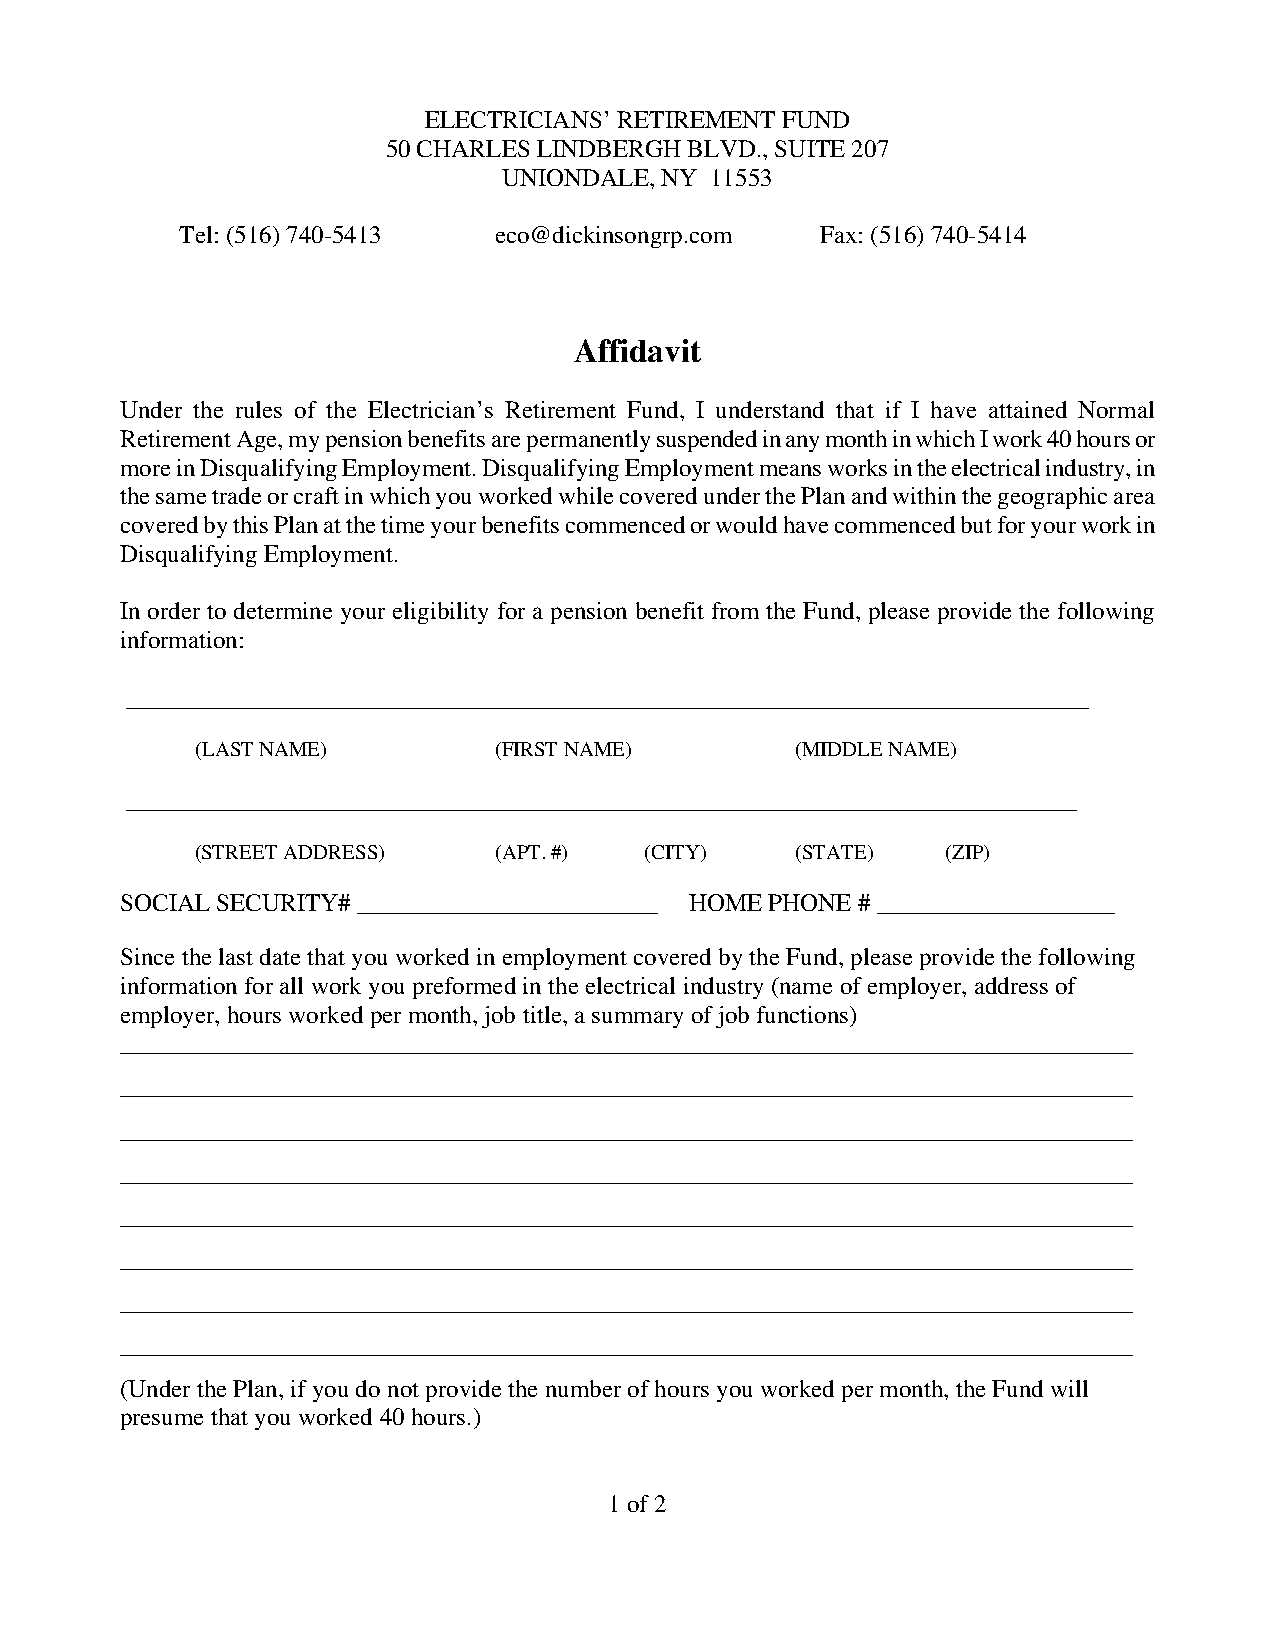
ELECTRICIANS’ RETIREMENT FUND
 50 CHARLES LINDBERGH BLVD., SUITE 207
 UNIONDALE, NY 11553
 Tel: (516) 740-5413  eco@dickinsongrp.com Fax: (516) 740-5414
 Affidavit
 Under the rules of the Electrician’s Retirement Fund, I understand that if I have attained Normal
 Retirement Age, my pension benefits are permanently suspended in any month in which I work 40 hours or
 more in Disqualifying Employment. Disqualifying Employment means works in the electrical industry, in
 the same trade or craft in which you worked while covered under the Plan and within the geographic area
 covered by this Plan at the time your benefits commenced or would have commenced but for your work in
 Disqualifying Employment.
 In order to determine your eligibility for a pension benefit from the Fund, please provide the following
 information:
 _____________________________________________________________________________
 (LAST NAME)         (FIRST NAME)        (MIDDLE NAME)
 ____________________________________________________________________________
 (STREET ADDRESS)    (APT. #)  (CITY)    (STATE)   (ZIP)
 SOCIAL SECURITY# ________________________ HOME PHONE # ___________________
 Since the last date that you worked in employment covered by the Fund, please provide the following
 information for all work you preformed in the electrical industry (name of employer, address of
 employer, hours worked per month, job title, a summary of job functions)
 _________________________________________________________________________________
 _________________________________________________________________________________
 _________________________________________________________________________________
 _________________________________________________________________________________
 _________________________________________________________________________________
 _________________________________________________________________________________
 _________________________________________________________________________________
 _________________________________________________________________________________
 (Under the Plan, if you do not provide the number of hours you worked per month, the Fund will
 presume that you worked 40 hours.)
 1 of 2